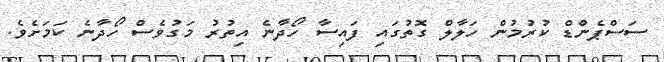
ސަސްޕެންޑް ކުރުމުން ހަލާލް ގޮތުގައި ފައިސާ ހޯދާނެ އިތުރު މަގުވެސް ހޯދާނެ ކަމަށެވެ.